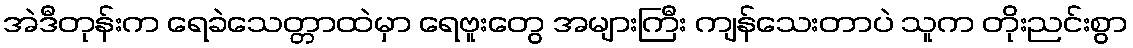
အဲဒီတုန်းက ရေခဲသေတ္တာထဲမှာ ရေဗူးတွေ အများကြီး ကျန်သေးတာပဲ သူက တိုးညင်းစွာ